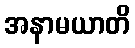
အနာမယာတိ